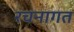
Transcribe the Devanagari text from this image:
रचनागत